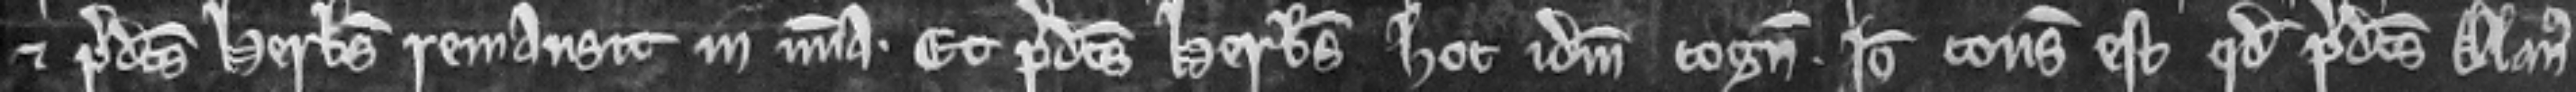
et predictus Herbertus remansit in misericordia. Et predictus Herbertus hoc idem cognoscit. Ideo consideratum est quod predictus Alanus